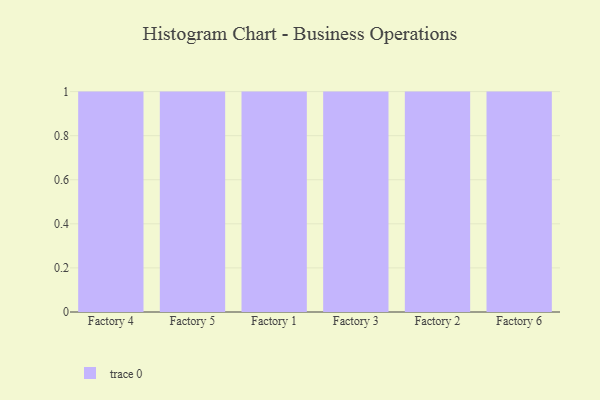
{"axis": {"x": "Factory", "y": "Page Views"}, "legend": [""], "data": [{"x": "Factory 4", "y": 24, "type": ""}, {"x": "Factory 5", "y": 75, "type": ""}, {"x": "Factory 1", "y": 60, "type": ""}, {"x": "Factory 3", "y": 72, "type": ""}, {"x": "Factory 2", "y": 45, "type": ""}, {"x": "Factory 6", "y": 94, "type": ""}]}